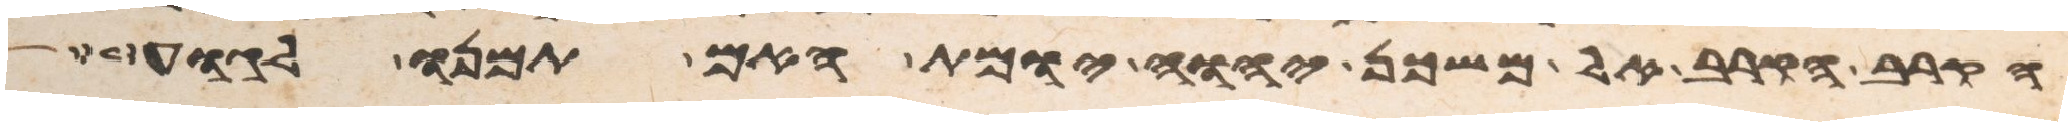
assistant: הקרוב הקרב אל משכן יהוה יומת האם תמנו לגוע